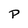
Character: P